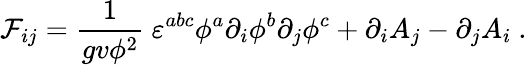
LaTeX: {\cal F}_{ij}=\frac{1}{gv\phi^{2}}\ \varepsilon^{abc}\phi^{a}\partial_{i}\phi^{b}\partial_{j}\phi^{c}+\partial_{i}A_{j}-\partial_{j}A_{i}\ .